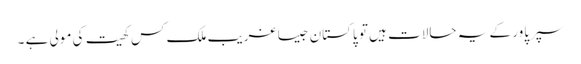
سپرپاور کے یہ حالات ہیں تو پاکستان جیسا غریب ملک کس کھیت کی مولی ہے ۔